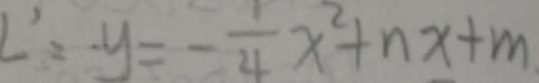
L ^ { \prime } = y = - \frac { 1 } { 4 } x ^ { 2 } + n x + m